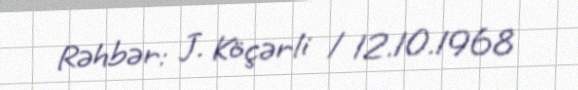
Rəhbər: J. Köçərli / 12.10.1968